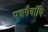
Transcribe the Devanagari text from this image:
पन्नगैर्वापि